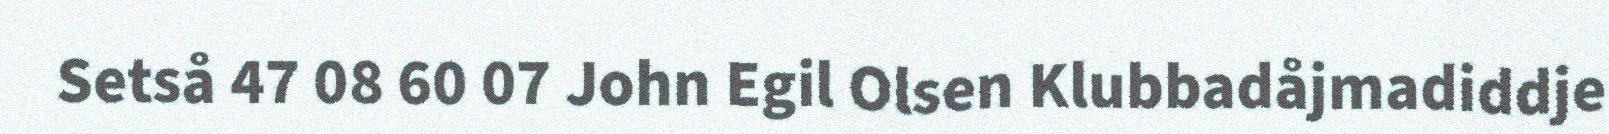
Setså 47 08 60 07 John Egil Olsen Klubbadåjmadiddje